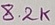
Text: 8.2K